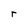
Character: r